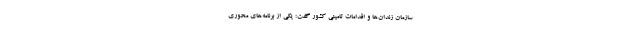
سازمان زندان‌ها و اقدامات تامینی کشور گفت: یکی از برنامه‌های محوری